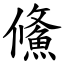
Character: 鯈